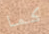
كما